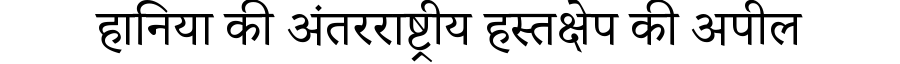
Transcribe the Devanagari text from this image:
हानिया की अंतरराष्ट्रीय हस्तक्षेप की अपील